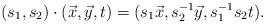
LaTeX: \begin{align*}(s_1, s_2) \cdot (\vec{x}, \vec{y}, t)=(s_1 \vec{x}, s_2^{-1} \vec{y}, s_1^{-1} s_2 t). \end{align*}